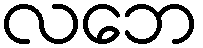
လဘေ